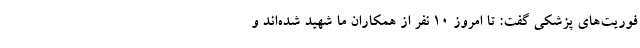
فوریت‌های پزشکی گفت: تا امروز 10 نفر از همکاران ما شهید شده‌اند و